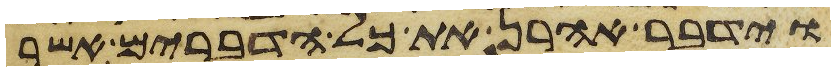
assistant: וידבר אהרן את כל הדברים אשר